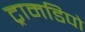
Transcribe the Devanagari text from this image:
ट्रामडिपो